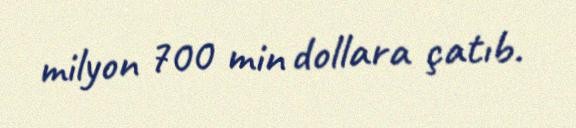
milyon 700 min dollara çatıb.